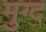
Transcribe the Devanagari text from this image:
मुग्द